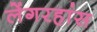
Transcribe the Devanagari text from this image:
लेंगरहांस